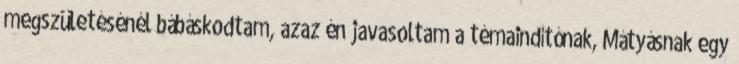
megszületésénél bábáskodtam, azaz én javasoltam a témaindítónak, Mátyásnak egy